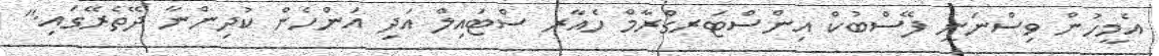
އެމީހުން ވިސްނަނީ ފޭސްބުކް އިންސްޓަރގްރާމް ހެއާރ ސްޓައިލް އަދި އަންހެން ކުދިންނާ ދޭތެރޭގައި."